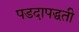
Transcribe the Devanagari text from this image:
पडदापद्धती